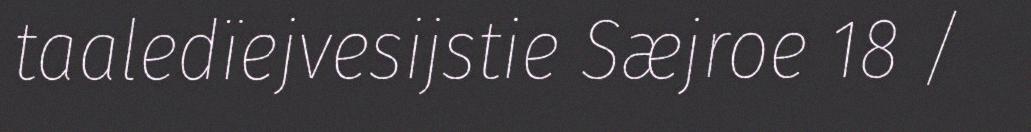
taaledïejvesijstie Sæjroe 18 /